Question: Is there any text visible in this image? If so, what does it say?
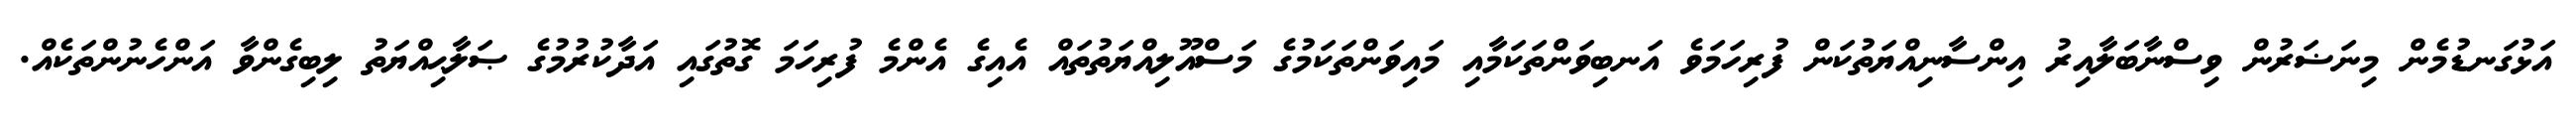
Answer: އަޅުގަނޑުމެން މިނަޟަރުން ވިސްނާބަލާއިރު އިންސާނިއްޔަތުކަން ފުރިހަމަވެ އަނބިވަންތަކަމާއި މައިވަންތަކަމުގެ މަސްއޫލިއްޔަތުތައް އެއިގެ އެންމެ ފުރިހަމަ ގޮތުގައި އަދާކުރުމުގެ ޞަލާޙިއްޔަތު ލިބިގެންވާ އަންހެނުންތަކެއް.